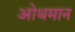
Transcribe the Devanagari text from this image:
ओथमान